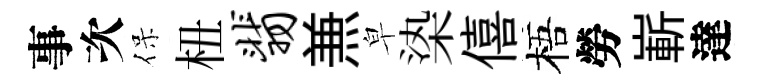
事次保杻翡𠔥皁𣑱僖梧勞嶄達